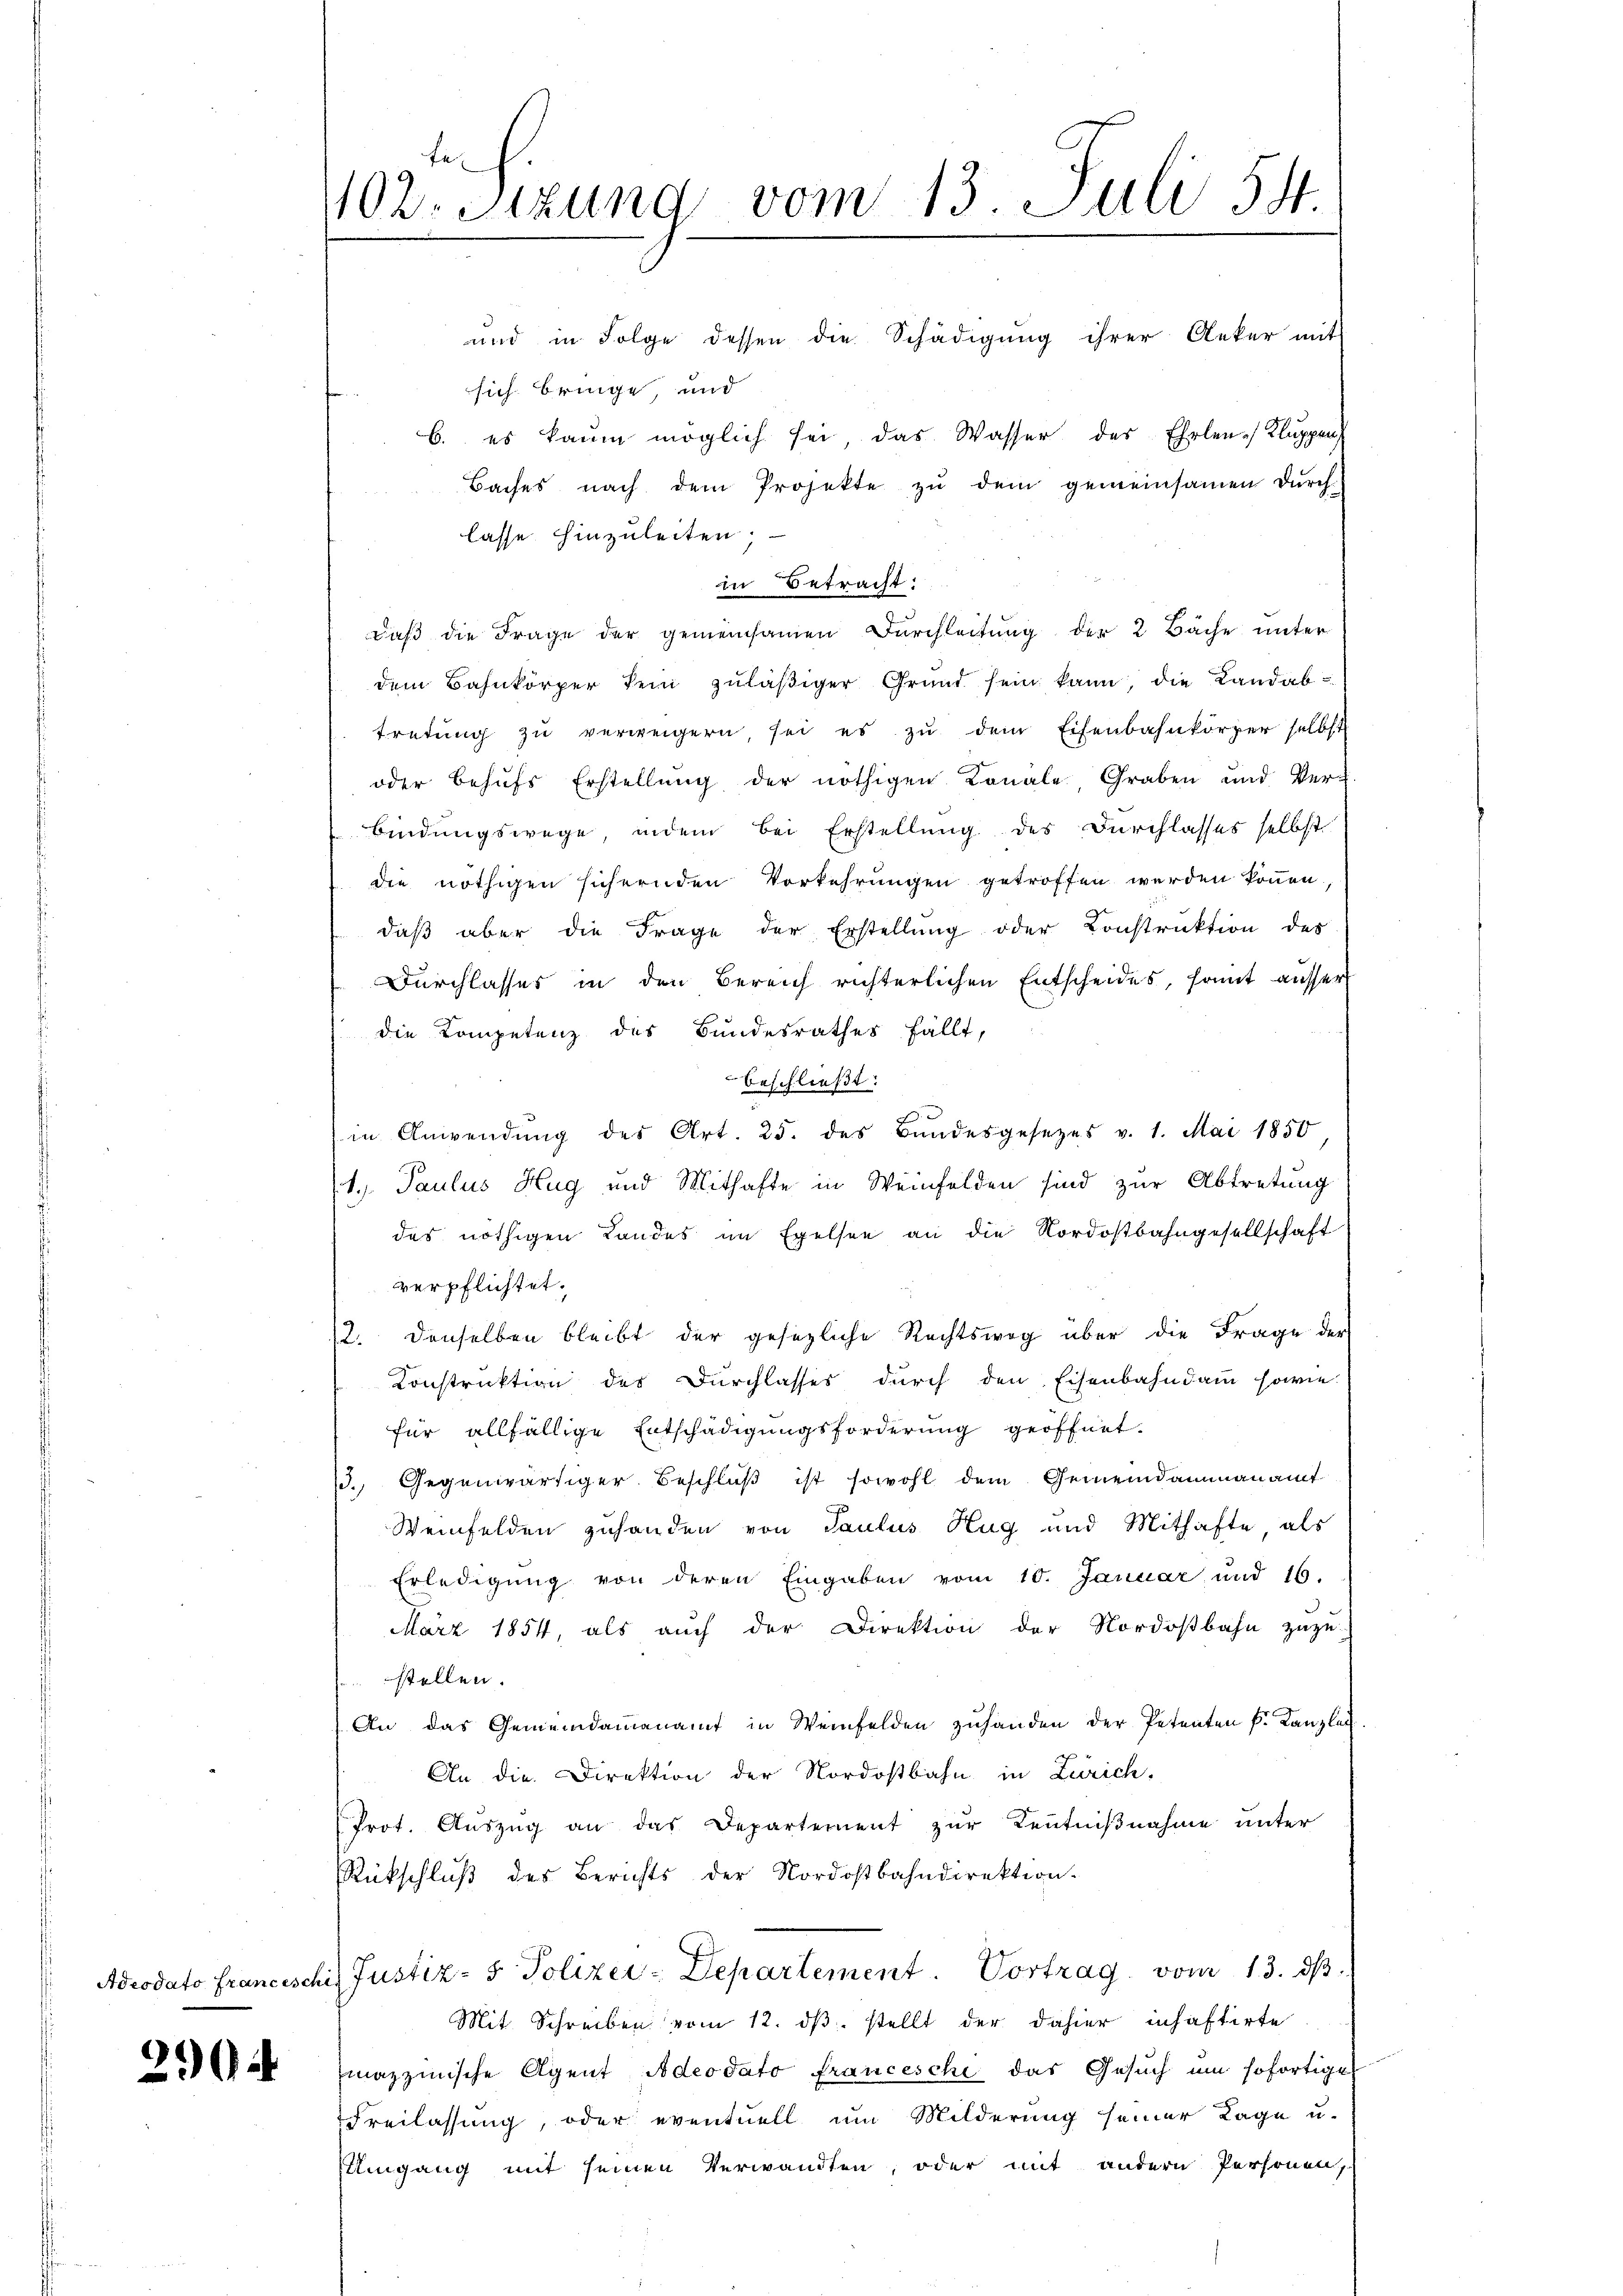
Adeodato Francesch

26)

fe
1102. Sizung vom 13. Juli 54
e

und in Folge dessen die Schädigŭng ihrer Anker mit
sich bringe, und
b. es kaum möglich sei das Wasser des Ehrlen-Kluppen
Baches nach dem Projekte zŭ dem gemeinsamen dŭrch
lasse hinzuleiten;
in Betracht:
daß die Frage der gemeinsamen Durchleitung der 2 Bäche unter
dem Bahnkörper kein zuläßiger Grund sein kann, die Landabtretŭng zŭ verweigern sei es zŭ dem Eisenbahnkörper selbst
oder behufs Erstellung der nöthigen Konale Graben und Verbindungswege indem bei Erstellung des Durchlasses selbst
die nöthigen sichernden Vorkehrungen getroffen werden können,
daß aber die Frage der Erstellung oder Konstruktion des
Durchlasses in den Bereich richterlichen Entscheides, somit ausser
die Kompetenz des Bundesrathes fällt,
beschließt:
in Anwendŭng des Art. 25. des Bŭndesgesezes v. 1. Mai 1850
S. Paulus Hug und Mithafte in Weinfelden sind zur Abtretung
das nöthigen Landes im Exelsee an die Nordostbahngesellschaft
verpflichtet.
12. denselben bleibt der gesezliche Rechtsweg über die Frage der
Konstruktion des Durchlasses durch den Eisenbahndamm sowie-
für allfällige Entschädigungsforderung geöffnet.
/3. Gegenwärtiger Beschluß ist sowohl dem Gemeindammannamt
Weinfelden zuhanden von Paulus Hug und Mithafte, als
Erledigung von deren Eingaben vom 10. Januar und 16.
März 1854, als auch der Direktion der Nordostbahn zuzu-
stellen.
An das Gemeindammannamt in Weinfelden zuhanden der Petenten k. Kanzlan
An die Direktion der Nordostbahn in Zürich,
Prot. Aŭszŭg an das Departement zur Kenntnißnahme unter
Rükschluß des Berichts der Nordostbahndirektion.
his Justiz- & Polizer-Departement. Vortrag vom 13. ds.
Mit Schreiben vom 12. dβ. stellt der dahier inhaftirte
mazzinische Agent Adeodato francesche das Gesuch um sofortige
Freilassung, oder eventuell um Milderung seiner Lage u.
Umgang mit seinen Verwandten, oder mit andern Personen,